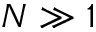
N \gg 1